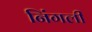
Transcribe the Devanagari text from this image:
निंगली